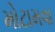
મોટામવા